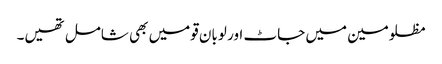
مظلومین میں جاٹ اور لوبان قومیں بھی شامل تھیں۔